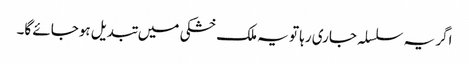
اگر یہ سلسلہ جاری رہا تو یہ ملک خشکی میں تبدیل ہوجائے گا۔